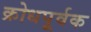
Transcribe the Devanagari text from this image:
क्रोधपूर्वक